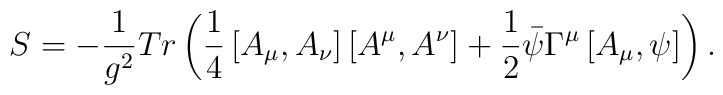
S= -\frac{1}{g^{2}} Tr \left( \frac{1}{4} \left[ A_{\mu} ,A_{\nu}\right]          \left[A^{\mu} ,A^{\nu} \right]    +\frac{1}{2}\bar{\psi } \Gamma^{\mu} \left[ A_{\mu},\psi \right] \right) .